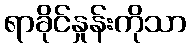
ရာခိုင်နှုန်းကိုသာ